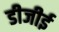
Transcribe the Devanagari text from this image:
डीजीई